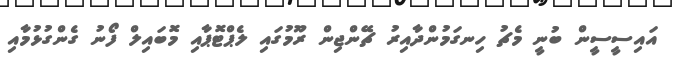
އައިސީސީން ބުނީ މެޗު ހިނގަމުންދާއިރު ޗޭންޖިން ރޫމުގައި ލެޕްޓޮޕާއި މޮބައިލް ފޯނު ގެންގުޅުމާއި